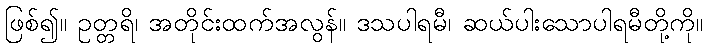
ဖြစ်၍။ ဥတ္တရိ၊ အတိုင်းထက်အလွန်။ ဒသပါရမီ၊ ဆယ်ပါးသောပါရမီတို့ကို။